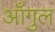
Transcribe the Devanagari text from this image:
आँगुल